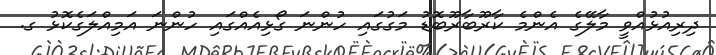
ދިރިއުޅުއްވީ މާލޭގެ އެންމެ ކާރޫބާރޫބޮޑު މަގުގައި ހުންނަ ގޯޅިއެއްގައި ހުންނަ އަމިއްލަގެކޮޅު ގ.